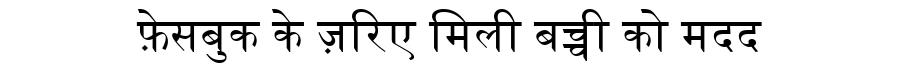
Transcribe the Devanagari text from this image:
फ़ेसबुक के ज़रिए मिली बच्ची को मदद